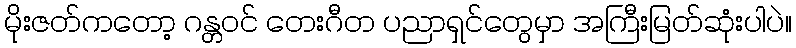
မိုးဇတ်ကတော့ ဂန္တဝင် တေးဂီတ ပညာရှင်တွေမှာ အကြီးမြတ်ဆုံးပါပဲ။